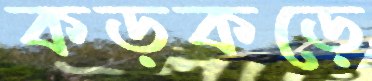
কড়কড়ে